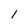
Character: l